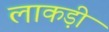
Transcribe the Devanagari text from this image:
लाकड़ी